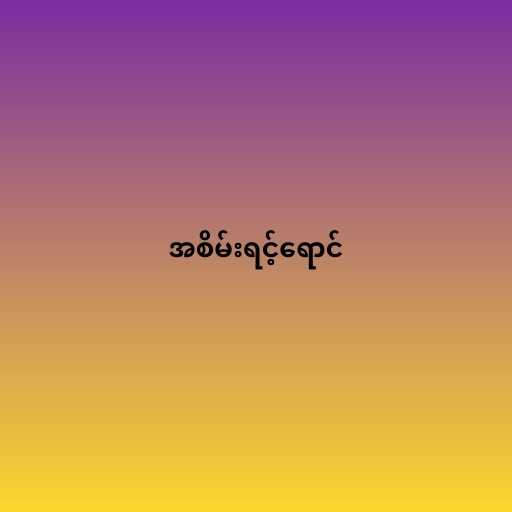
အစိမ်းရင့်ရောင်